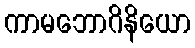
ကာမဘောဂိနိယော